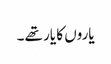
یاروں کا یار تھے۔